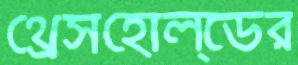
থ্রেসহোল্ডের